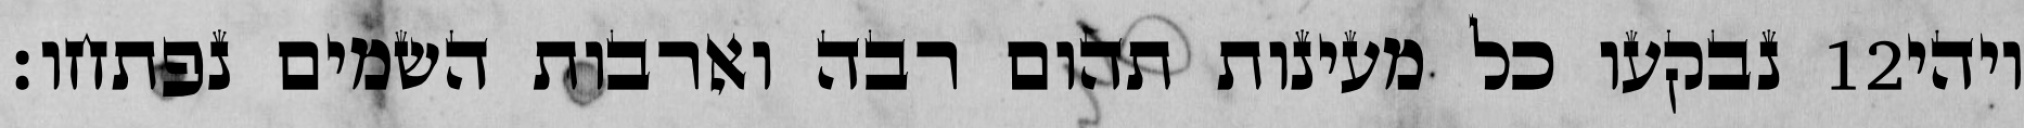
נבקעו כל מעינות תהום רבה וארבות השמים נפתחו׃ ‎12‏ ויהי